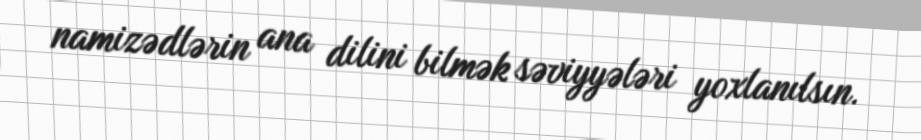
namizədlərin ana dilini bilmək səviyyələri yoxlanılsın.